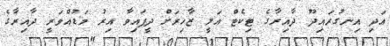
އަދި އިނގުރައިދޫ ދާއިރާގެ ޓިކެޓް އަލީ ޒާހިރަށް ދީފައިވާ އިރު މަޑުއްވަރީ ދާއިރާގެ